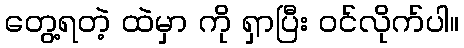
တွေ့ရတဲ့ ထဲမှာ ကို ရှာပြီး ဝင်လိုက်ပါ။